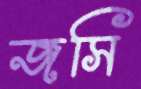
জসি